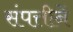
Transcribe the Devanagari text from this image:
संपत्तीनें